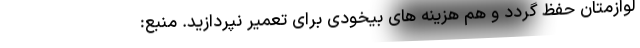
لوازمتان حفظ گردد و هم هزینه های بیخودی برای تعمیر نپردازید. منبع: